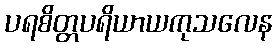
ပရစိတ္တပရိယာယကုသလေန